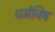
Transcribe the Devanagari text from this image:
धर्मनिष